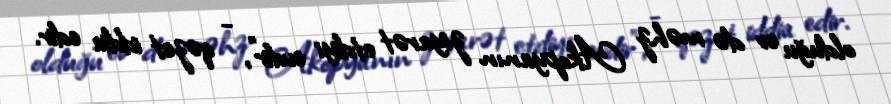
olduğu ev də məhz Akopyanın ziyarət etdiyi evdir”, - qəzet iddia edir.